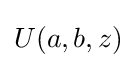
U(a,b,z)